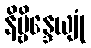
နိဗ္ဗိန္ဒေယျုံ